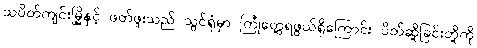
သပိတ်ကျင်းမြို့နှင့် ဖတ်ဖူးသည် သွင်ရုံမှာ ကြုံတွေ့ရဖွယ်ရှိကြောင်း ပိတ်ဆို့ခြင်းတို့ကို